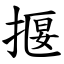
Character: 揠